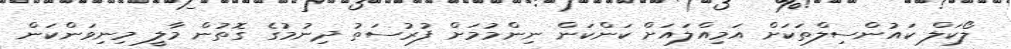
ލޯކަލް ކައުންސިލްތަކަށް އަމިއްލައަށް ކަންކަން ނިންމުމަށް ފުރުސަތު ދިނުމުގެ ގޮތުން މާލީ މިނިވަންކަން